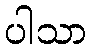
ပါသာ